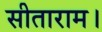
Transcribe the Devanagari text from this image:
सीताराम।